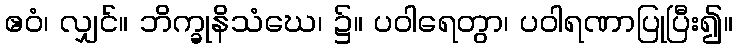
ဧဝံ၊ လျှင်။ ဘိက္ခုနိသံဃေ၊ ၌။ ပဝါရေတွာ၊ ပဝါရဏာပြုပြီး၍။